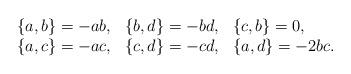
LaTeX: \begin{align*}\begin{array}{lll}\{a,b\}=-ab, & \{b,d\}=-bd, & \{c,b\}=0, \\\{a,c\}=-ac, & \{c,d\}=-cd, & \{a,d\}=-2bc.\end{array}\end{align*}